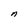
Character: n